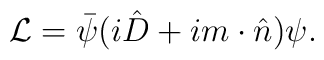
\hspace{1.0cm} {\cal L}= \bar\psi \big(i\hat D        +im\cdot\hat n\big)\psi.